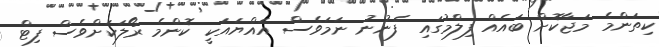
ކިތަންމެ މަޖާކޮށް ބައެއް ފިލްމުގައި ފެނުނު ނަމަވެސް އައްޔައަކީ ކޮންމެ ރޯލަކަށްވެސް ފިޓް